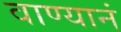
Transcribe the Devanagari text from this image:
वाण्यानं